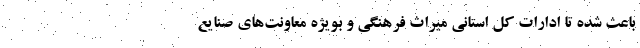
باعث شده تا ادارات کل استانی میراث فرهنگی و بویژه معاونت‌های صنایع